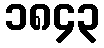
၁၈၄၃